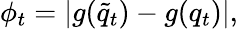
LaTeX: \phi_{t}=|g(\tilde{q}_{t})-g(q_{t})|,